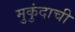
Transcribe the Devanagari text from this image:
मुकुंदाची